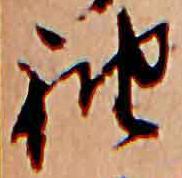
袖